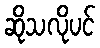
ဆိုသလိုပင်